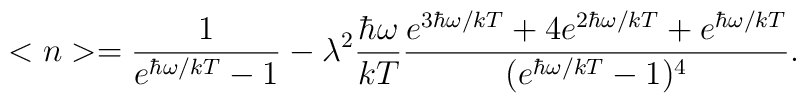
<n>=\frac {1}{e^{\hbar \omega /kT}-1}-\lambda ^{2}\frac {\hbar \omega}{kT}\frac {e^{3\hbar \omega /kT}+4e^{2\hbar \omega /kT}+e^{\hbar \omega /kT}}{(e^{\hbar \omega /kT}-1)^{4}}.